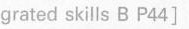
grated skills B P44]